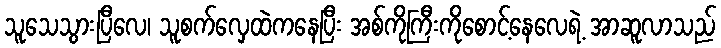
သူသေသွားပြီလေ၊ သူစက်လှေထဲကနေပြီး အစ်ကိုကြီးကိုစောင့်နေလေရဲ့ အာဆူလာသည်